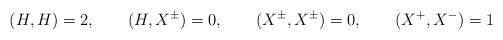
LaTeX: \begin{align*}(H,H)=2,\qquad (H,X^\pm)=0,\qquad (X^\pm,X^\pm)=0,\qquad (X^+,X^-)=1\end{align*}